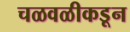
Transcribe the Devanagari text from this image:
चळवळीकडून